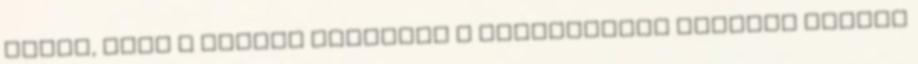
Attól, hogy a műsört készítők a fiataloknak szánják ezeket